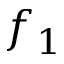
f _ { 1 }